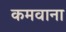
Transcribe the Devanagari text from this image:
कमवाना